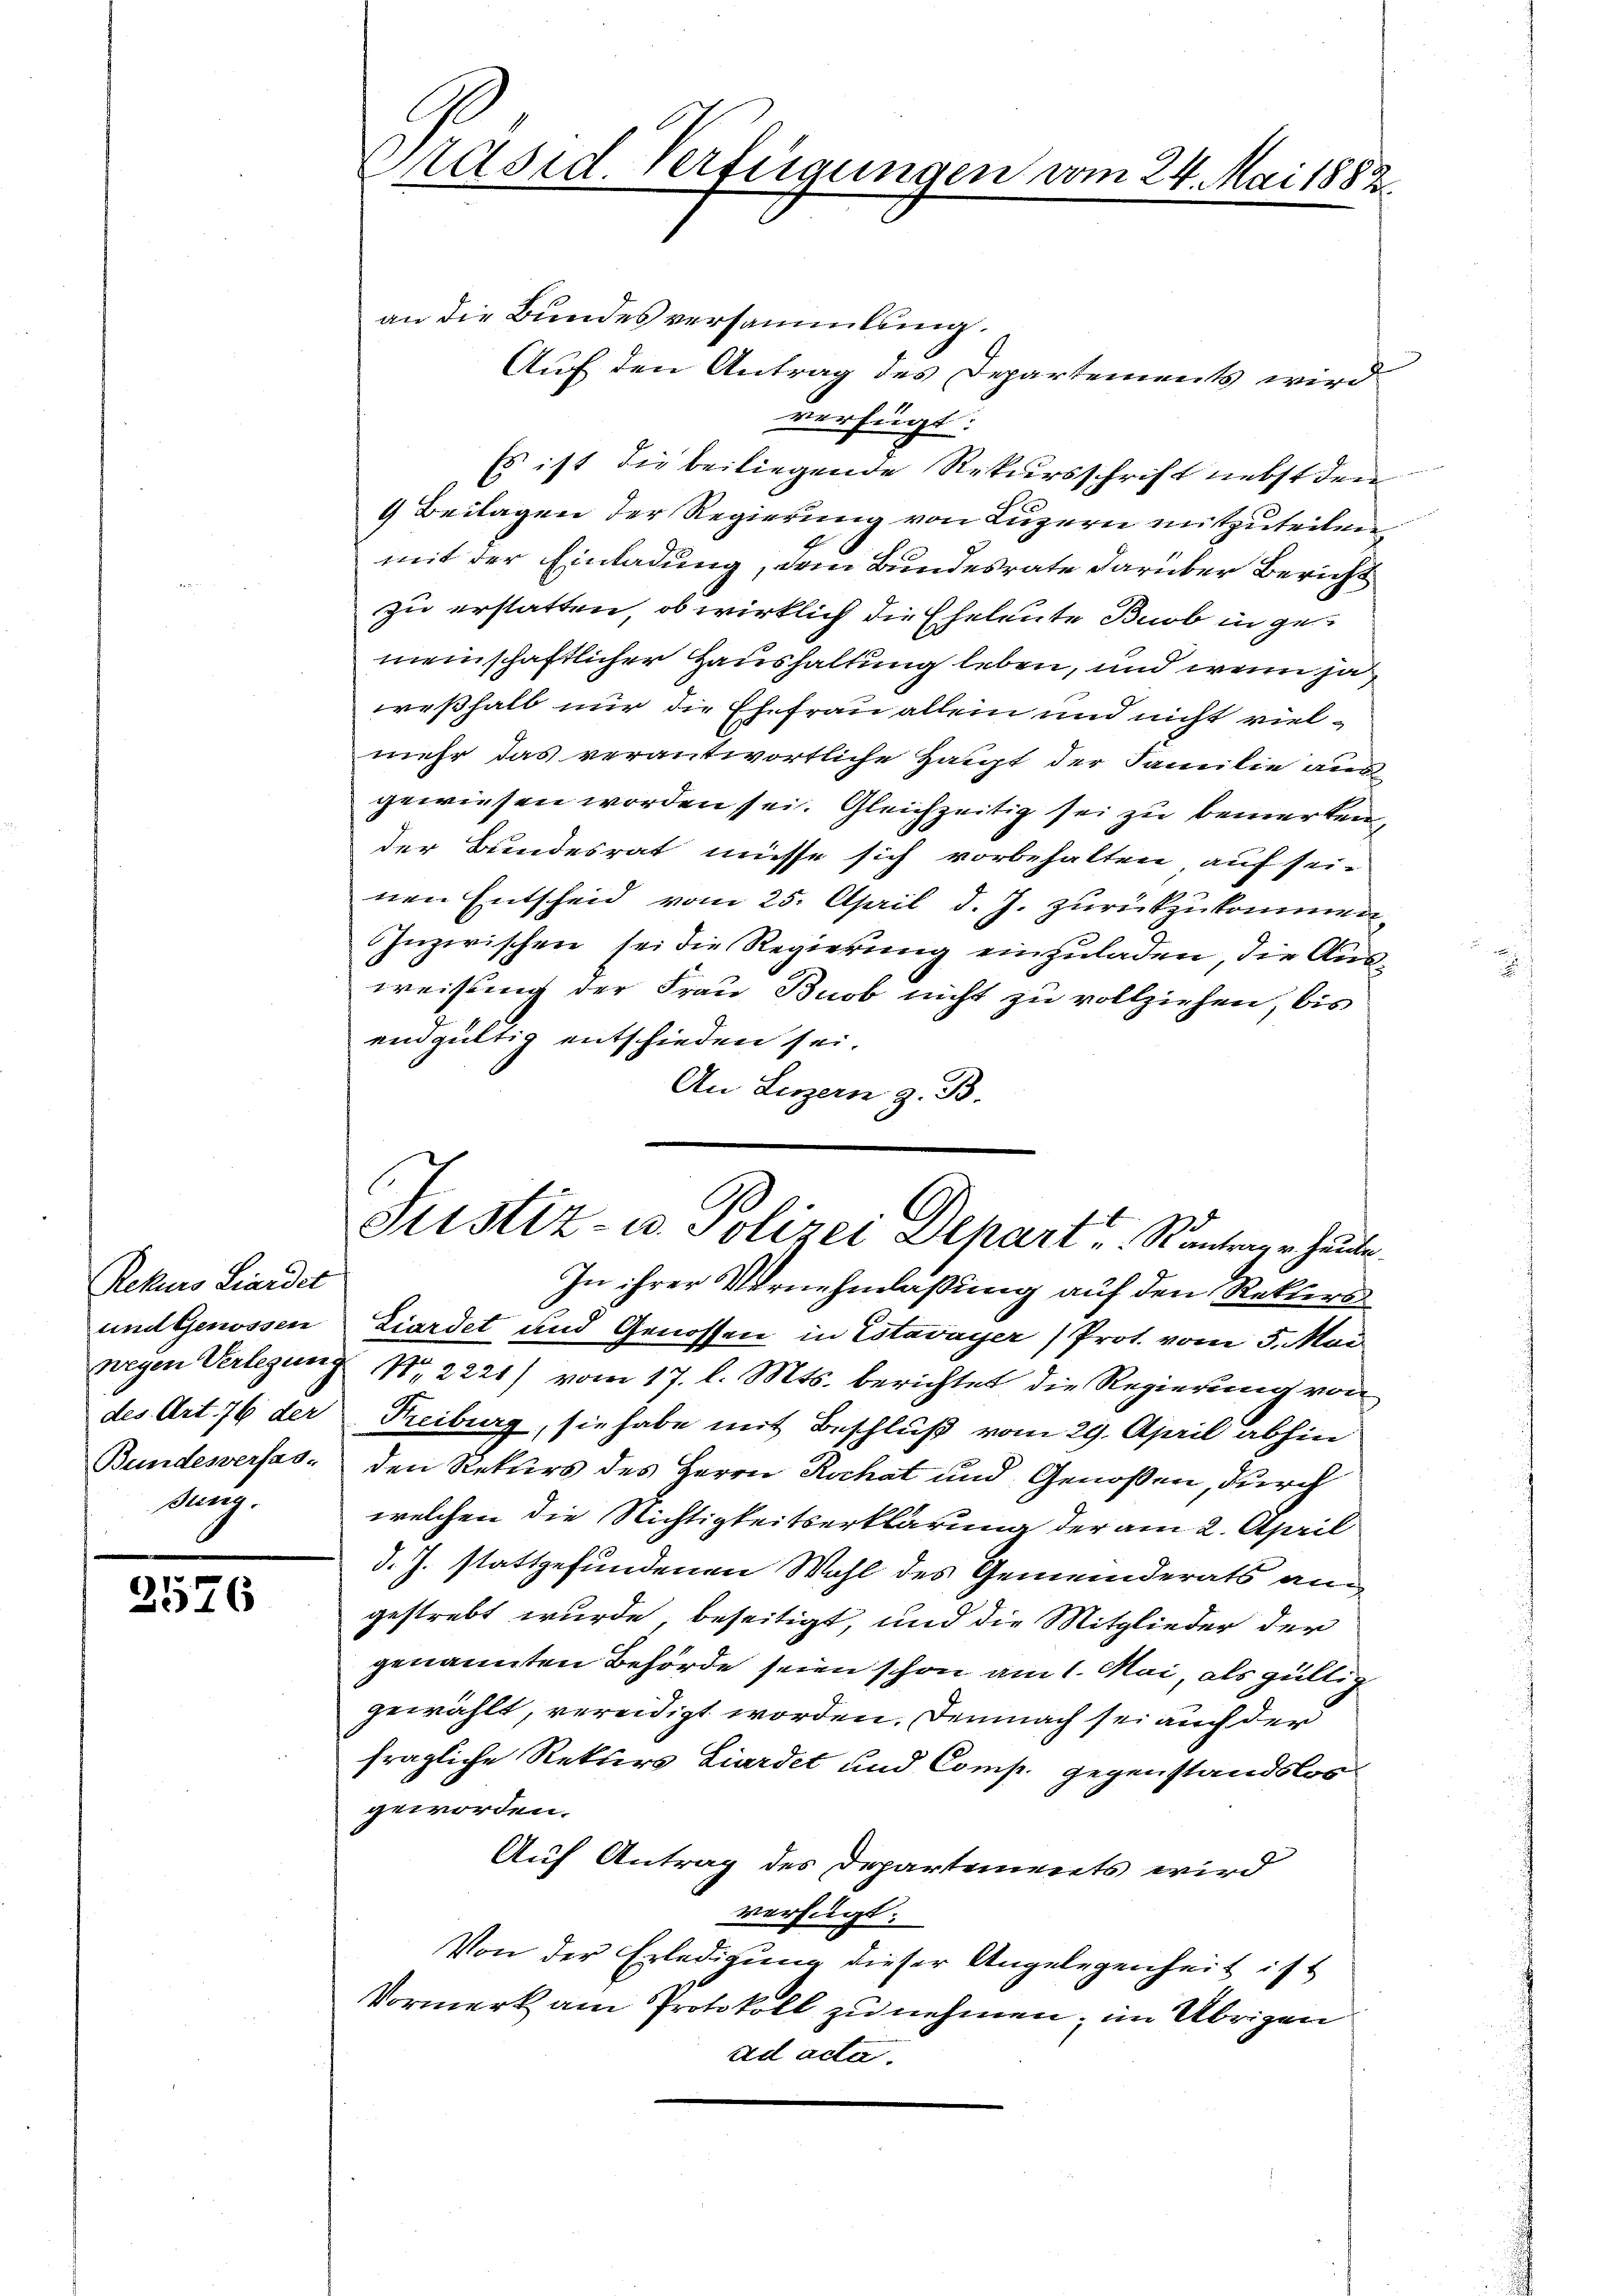
Rekurs Liardet
und Genossen
Bundesverfas-
sung.

2576

Präsid. Verfügungen vom 24. Mai 1882.

an die Bundesversammlung.
Auf den Antrag des Departements wird
verfügt:
Es ist die beiliegende Rekursschrift nebst den
4 Beilagen der Regierung von Luzern mitzuteilen,
mit der Einladung, dem Bundesrate darüber Bericht
zu erstatten, ob wirklich die Eheleute Bub in gemeinschaftlicher Haushaltung leben, und wenn ja,
weßhalb nur die Ehefrau allein und nicht vielmehr das verantwortliche Haupt der Familie aus
gewiesen worden sei. Gleichzeitig sei zu bemerken,
der Bundesrat müsse sich vorbehalten, auf sei-
nen Entscheid vom 25. April d. J. zurückzukommen.
Inzwischen sei die Regierung einzuladen, die Ausweisung der Frau Buob nicht zu vollziehen, bis
endgültig entschieden sei.
An Luzern z. B.

Justiz- u. Polizei Depart u. Rantrage heute.

In ihrer Vernehmlassung auf den Rektors
Liardet und Genossen in Estavayer (Prot. vom 5. Mai
wegen Verlegung Nr. 2221) vom 17. l. Mts. berichtet die Regierung von
des Art. 76 der Freiburg, sie habe mit Beschluß vom 29. April abhin
den Rekurs des Herrn Rochat und Genoßen, durch
welchen die Nichtigkeitserklärung der am 2. April
d. J. stattgefundenen Wahl des Gemeinderats an
gestrebt wurde, beseitigt, und die Mitglieder der
genannten Behörde seien schon am 1. Mai, als gültig
gewählt, vereidigt worden. Demnach sei auch der
fragliche Rekurs Liardet und Comp. gegenstandsloogeworden.
Auf Antrag des Departements wird
verfügt:
Von der Erledigung dieser Angelegenheit ist
Vormerk am Protokoll zu nehmen; im Übrigen
ad acta.